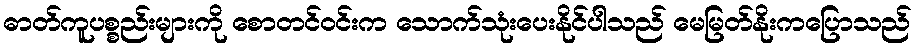
ဓာတ်ကူပစ္စည်းများကို စောတင်ဝင်းက သောက်သုံးပေးနိုင်ပါသည် မေမြတ်နိုးကပြောသည်